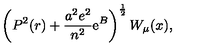
\left( P ^ { 2 } ( r ) + { \frac { a ^ { 2 } e ^ { 2 } } { n ^ { 2 } } } \mathrm { e } ^ { B } \right) ^ { \frac { 1 } { 2 } } W _ { \mu } ( x ) ,